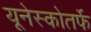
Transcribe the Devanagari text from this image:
यूनेस्कोतर्फे